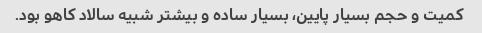
کمیت و حجم بسیار پایین، بسیار ساده و بیشتر شبیه سالاد کاهو بود.